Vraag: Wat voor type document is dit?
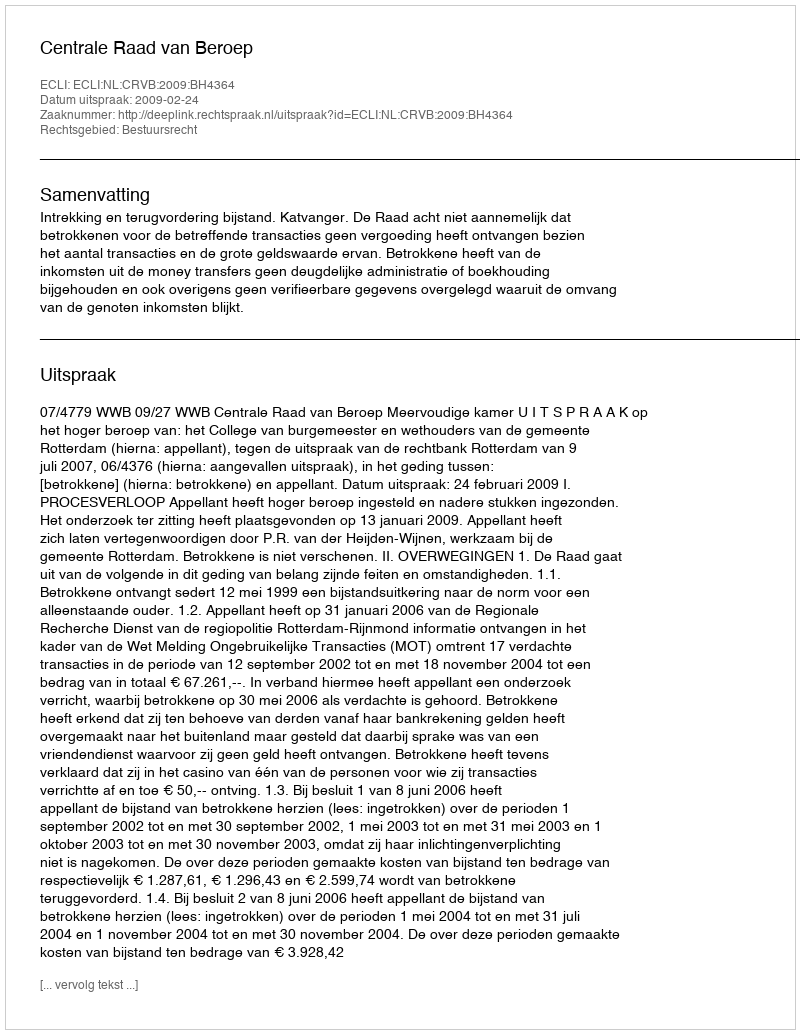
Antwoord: Uitspraak